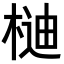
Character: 𣔴